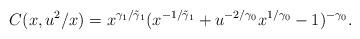
LaTeX: \begin{align*}C(x,u^2/x)=x^{\gamma_1/\tilde{\gamma}_1}(x^{-1/\tilde{\gamma}_1}+u^{-2/\gamma_0}x^{1/\gamma_0}-1)^{-\gamma_0}.\end{align*}